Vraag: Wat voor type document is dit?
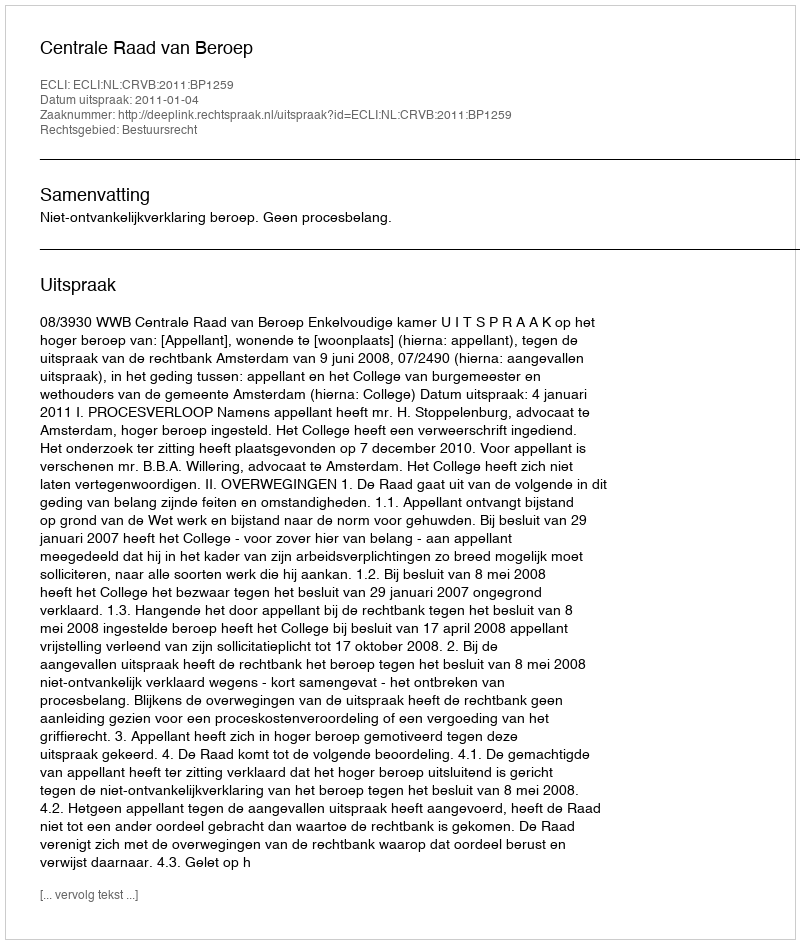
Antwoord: Uitspraak